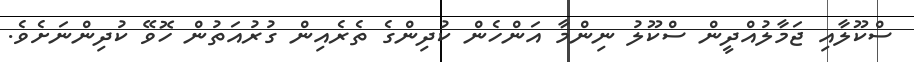
ސްކޫލާއި ޖަމާލުއްދީން ސްކޫލު ނިންމާ އަންހެން ކުދިންގެ ތެރެއިން ގުރުއަތުން ހޮވޭ ކުދިންނަށެވެ.